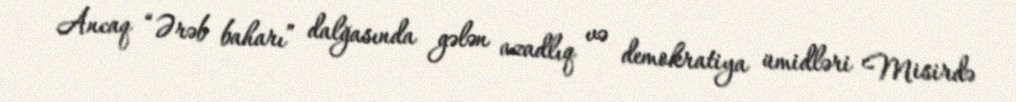
Ancaq “Ərəb baharı” dalğasında gələn azadlıq və demokratiya ümidləri Misirdə